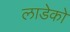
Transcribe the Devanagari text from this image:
लाडेको